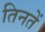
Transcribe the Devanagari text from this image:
तिनतें